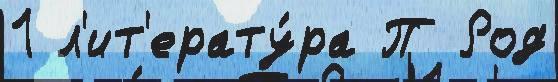
1 л'ит'ерату́ра П Род